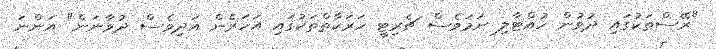
"ރޭސްތަކުގައި ދުވުން ހުއްޓާލި ނަމަވެސް ޗެރިޓީ ހަރަކާތްތަކުގައި އަހަރެން އަދިވެސް ދުވާނަން" އަންނަ